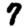
Digit: 7